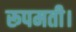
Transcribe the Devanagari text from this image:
रूपमती।